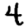
Digit: 4